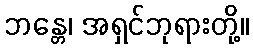
ဘန္တေ၊ အရှင်ဘုရားတို့။